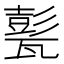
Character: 甏